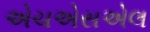
એચએસએલ